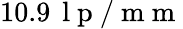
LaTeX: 10.9\, \mathrm{~l~p~/~m~m~}